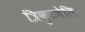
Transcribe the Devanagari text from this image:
त्रिकुटवेलि